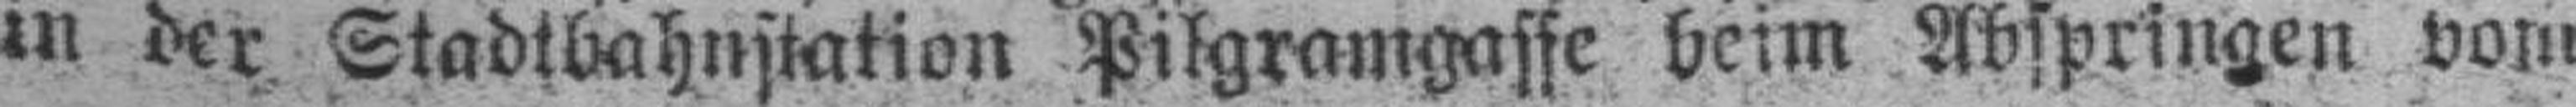
in der Stadtbahnstation Pilgramgaffe beim Abspringen vom